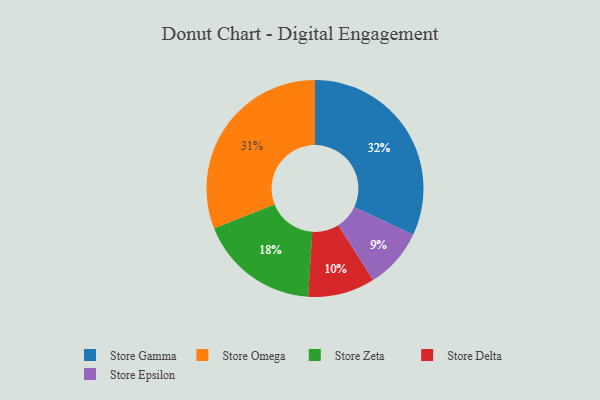
{"axis": {"x": "Category", "y": "Percentage"}, "legend": ["Store Delta", "Store Epsilon", "Store Gamma", "Store Omega", "Store Zeta"], "data": [{"x": "Store Omega", "y": 31, "type": "Store Omega"}, {"x": "Store Gamma", "y": 32, "type": "Store Gamma"}, {"x": "Store Delta", "y": 10, "type": "Store Delta"}, {"x": "Store Epsilon", "y": 9, "type": "Store Epsilon"}, {"x": "Store Zeta", "y": 18, "type": "Store Zeta"}]}